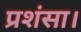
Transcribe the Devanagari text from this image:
प्रशंसा।